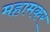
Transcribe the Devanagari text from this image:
महामकर